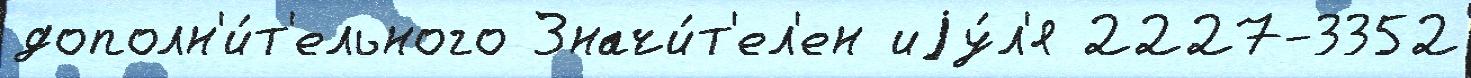
дополн'и́т'ельного Значи́т'ел'ен иjу́л'я 2227-3352